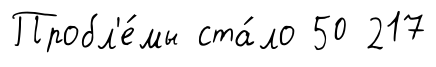
Пробл'е́мы ста́ло 50 217